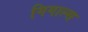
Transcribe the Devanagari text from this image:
गिगाल्स